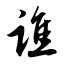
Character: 谯